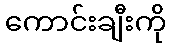
ကောင်းချီးကို